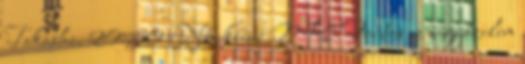
Takashi. 20:50 Női kézi MK: Fontos ez a győzelem